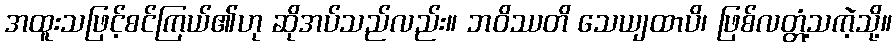
အထူးသဖြင့်စင်ကြယ်၏ဟု ဆိုအပ်သည်လည်း။ ဘဝိဿတိ သေယျထာပိ၊ ဖြစ်လတ္တံ့သကဲ့သို့။